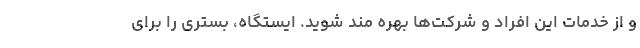
و از خدمات این افراد و شرکت­ها بهره­ مند شوید. ایستگاه، بستری را برای